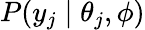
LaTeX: P(y_{j}\mid\theta_{j},\phi)